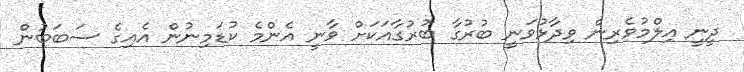
ދީނީ އިލްމުވެރިން ވިދާޅުވަނީ ބުރުގާ ބުރުގާއަކަށް ވާނީ އެންމެ ކުޑަމިނުން އެއިގެ ސަބަބުން